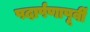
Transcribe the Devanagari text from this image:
पदार्पणापूर्वी